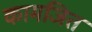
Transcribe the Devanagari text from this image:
कामजित